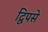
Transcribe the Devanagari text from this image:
द्विपसे